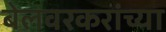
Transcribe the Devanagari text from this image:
बेलवरकरांच्या